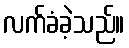
လက်ခံခဲ့သည်။